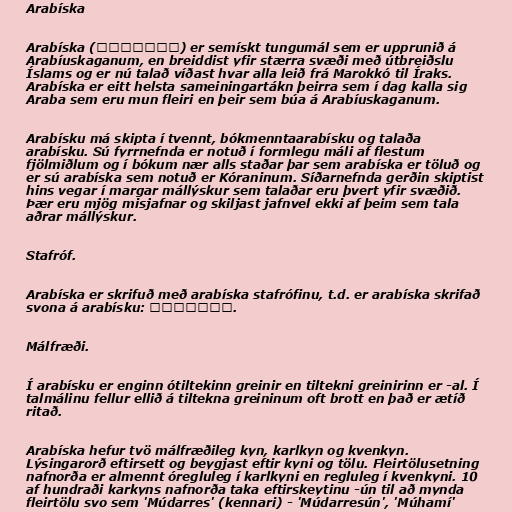
Arabíska

Arabíska (العربية) er semískt tungumál sem er upprunið á
Arabíuskaganum, en breiddist yfir stærra svæði með útbreiðslu
Íslams og er nú talað víðast hvar alla leið frá Marokkó til Íraks.
Arabíska er eitt helsta sameiningartákn þeirra sem í dag kalla sig
Araba sem eru mun fleiri en þeir sem búa á Arabíuskaganum.

Arabísku má skipta í tvennt, bókmenntaarabísku og talaða
arabísku. Sú fyrrnefnda er notuð í formlegu máli af flestum
fjölmiðlum og í bókum nær alls staðar þar sem arabíska er töluð og
er sú arabíska sem notuð er Kóraninum. Síðarnefnda gerðin skiptist
hins vegar í margar mállýskur sem talaðar eru þvert yfir svæðið.
Þær eru mjög misjafnar og skiljast jafnvel ekki af þeim sem tala
aðrar mállýskur.

Stafróf.

Arabíska er skrifuð með arabíska stafrófinu, t.d. er arabíska skrifað
svona á arabísku: العربية.

Málfræði.

Í arabísku er enginn ótiltekinn greinir en tiltekni greinirinn er -al. Í
talmálinu fellur ellið á tiltekna greininum oft brott en það er ætíð
ritað.

Arabíska hefur tvö málfræðileg kyn, karlkyn og kvenkyn.
Lýsingarorð eftirsett og beygjast eftir kyni og tölu. Fleirtölusetning
nafnorða er almennt óregluleg í karlkyni en regluleg í kvenkyni. 10
af hundraði karkyns nafnorða taka eftirskeytinu -ún til að mynda
fleirtölu svo sem 'Múdarres' (kennari) - 'Múdarresún', 'Múhamí'